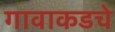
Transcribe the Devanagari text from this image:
गावाकडचे